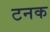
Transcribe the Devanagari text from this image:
टनक